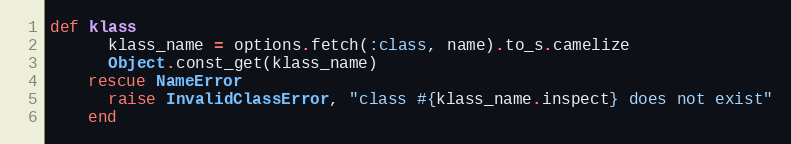
Language: Ruby
def klass
      klass_name = options.fetch(:class, name).to_s.camelize
      Object.const_get(klass_name)
    rescue NameError
      raise InvalidClassError, "class #{klass_name.inspect} does not exist"
    end